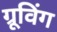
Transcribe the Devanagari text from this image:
ग्रूविंग